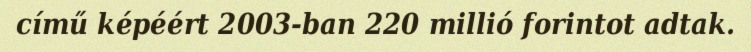
című képéért 2003-ban 220 millió forintot adtak.